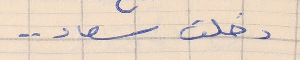
دخلت سعاد  . .